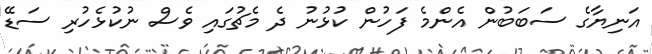
އަނިޔާގެ ސަބަބުން އެންމެ ފަހުން ކުޅުނު ދެ މެޗުގައި ވެސް ނުކުޅެހުރި ސަޑޭ